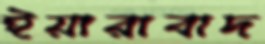
ইয়ারাবাদ